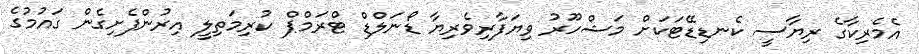
އެމެރިކާގެ ރިޔާސީ ކެނޑިޑޭޓަކަށް މަޝްހޫރު ވިޔަފާރިވެރިޔާ ޑޯނަލްޑް ޓްރަމްޕް ކުރިމަތިލީ އިރުންފެށިގެން ގައުމުގެ